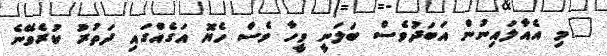
"މި އެއާލައިނުން އަބަދުވެސް ބަލަނީ ވީހާ ވެސް ހެޔޮ އަގެއްގައި ދަތުރު ކުރެވޭނެ